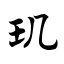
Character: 玑